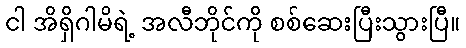
ငါ အိရှိဂါမိရဲ့ အလီဘိုင်ကို စစ်ဆေးပြီးသွားပြီ။